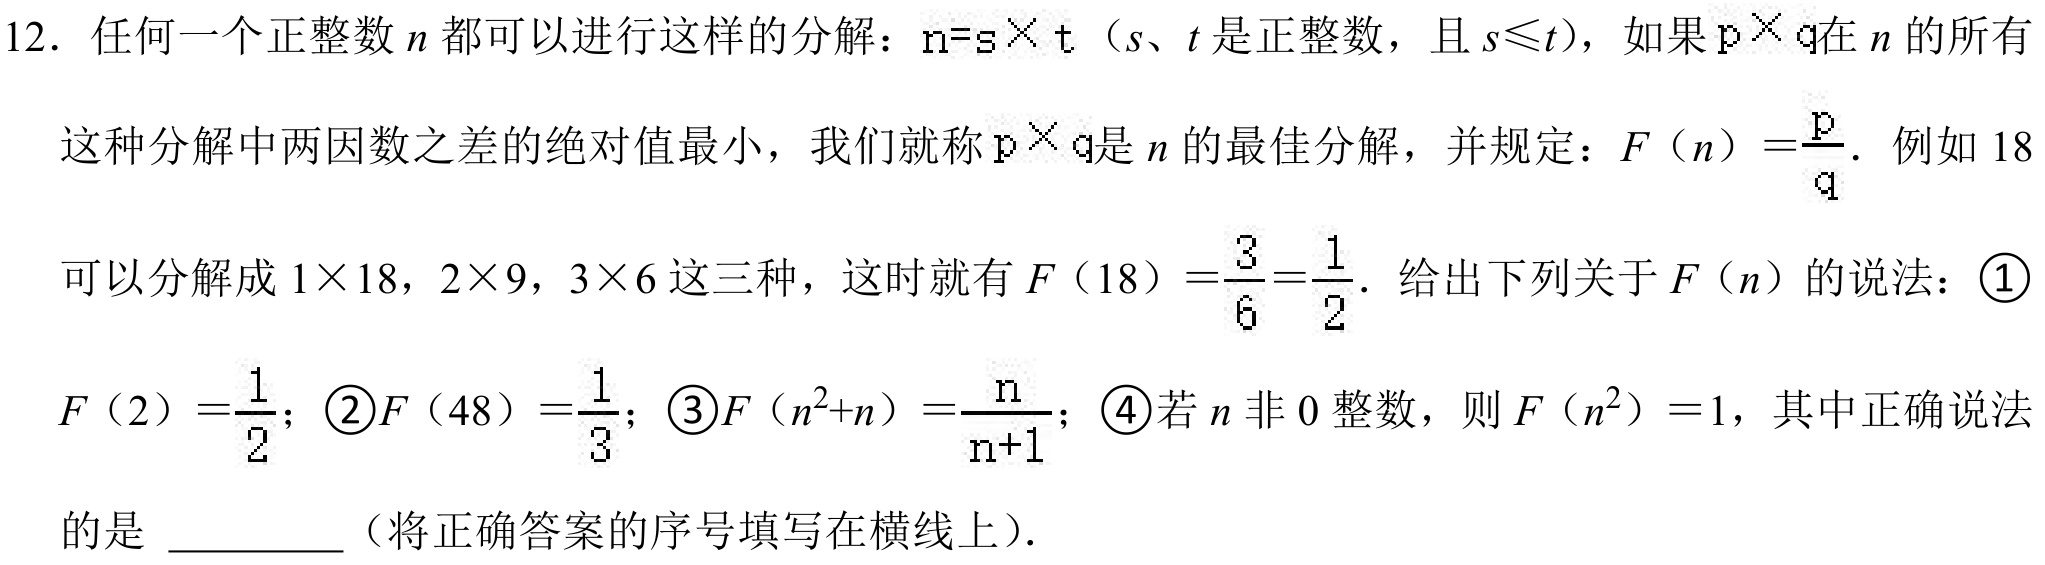
12. 任何一个正整数$n$都可以进行这样的分解：$n = s\times t$（$s、t$是正整数，且$s\leqslant t$），如果$p\times q$在$n$的所有这种分解中两因数之差的绝对值最小，我们就称$p\times q$是$n$的最佳分解，并规定：$F(n)=\frac{p}{q}$. 例如$18$可以分解成$1\times18$，$2\times9$，$3\times6$这三种，这时就有$F(18)=\frac{3}{6}=\frac{1}{2}$. 给出下列关于$F(n)$的说法：\textcircled{1}$F(2)=\frac{1}{2}$；\textcircled{2}$F(48)=\frac{1}{3}$；\textcircled{3}$F(n^{2}+n)=\frac{n}{n + 1}$；\textcircled{4}若$n$非$0$整数，则$F(n^{2}) = 1$，其中正确说法的是 _________（将正确答案的序号填写在横线上）.